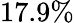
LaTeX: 17.9\%